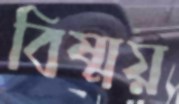
বিষ্ময়